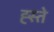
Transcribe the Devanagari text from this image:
ह्स्ते